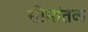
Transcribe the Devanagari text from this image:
सीमांतक